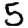
Digit: 5